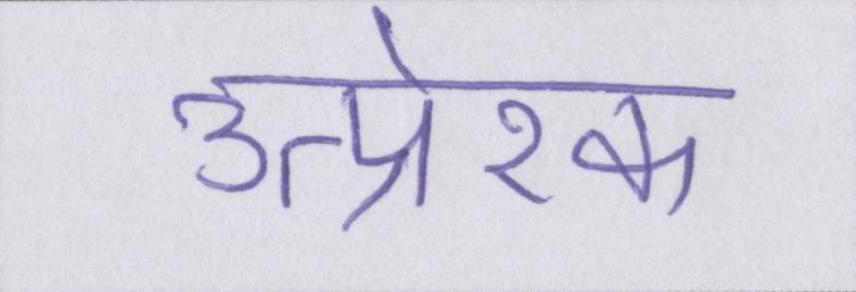
उत्प्रेरक